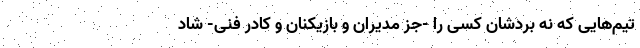
تیم‌هایی که نه بردشان کسی را -جز مدیران و بازیکنان و کادر فنی- شاد